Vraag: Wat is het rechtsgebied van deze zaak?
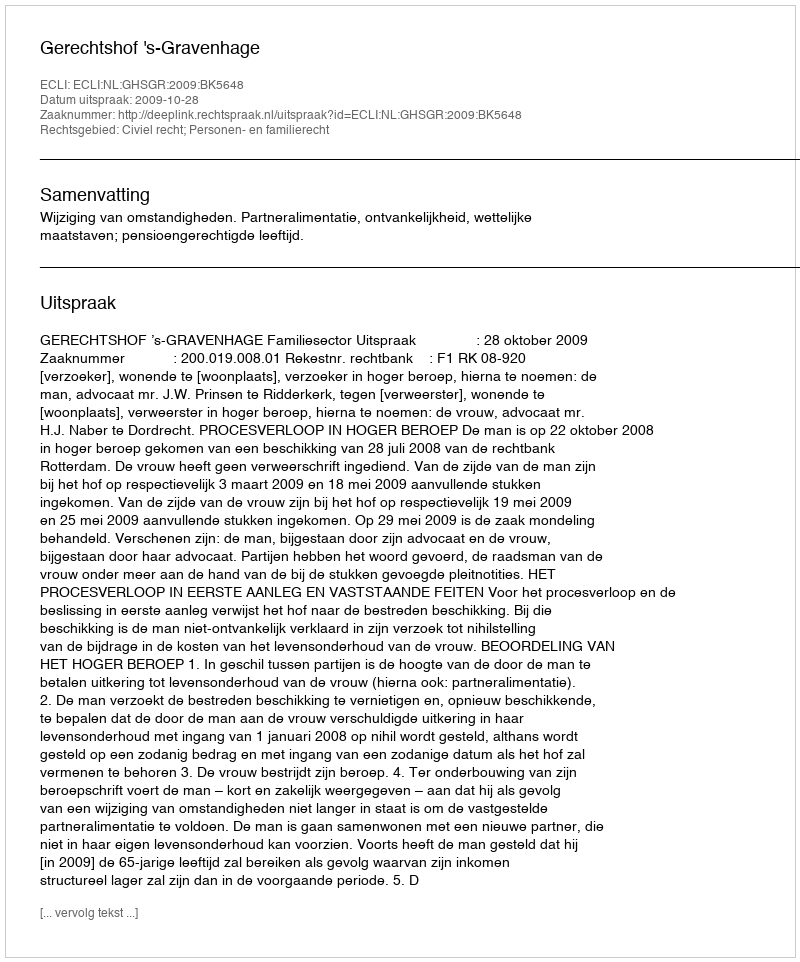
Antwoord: Civiel recht; Personen- en familierecht